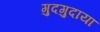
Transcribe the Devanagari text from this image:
गुदगुदाया